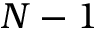
N - 1